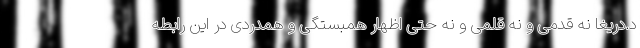
د.دریغا نه قدمی و نه قلمی و نه حتی اظهار همبستگی و همدردی در این رابطه